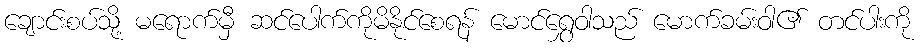
ချောင်းစပ်သို့ မရောက်မှီ ဆင်ပေါက်ကိုမိနိုင်စေရန် မောင်ရွှေဝါသည် မောက်ခမ်းဝါ၏ တင်ပါးကို